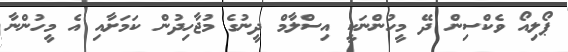
ޕޯލިއޯ ވެކްސިން ދޭ މީހުންނަކީ އިސްލާމް ދީނުގެ މުޖާހިދުން ކަމަށާއި އެ މީހުންނާ